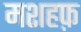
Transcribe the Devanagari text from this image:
मशहफ़